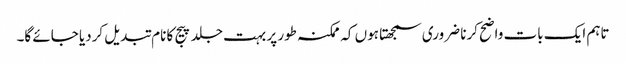
تاہم ایک بات واضح کرنا ضروری سمجھتا ہوں کہ ممکنہ طور پر بہت جلد پیج کا نام تبدیل کردیا جائے گا۔